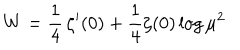
LaTeX: W = \frac { 1 } { 4 } \, \zeta ^ { \prime } ( 0 ) + \frac { 1 } { 4 } \zeta ( 0 ) \log \mu ^ { 2 }